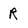
Character: R